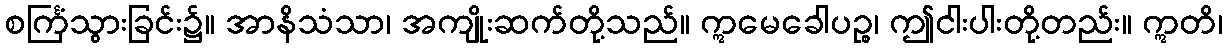
စင်္ကြံသွားခြင်း၌။ အာနိသံသာ၊ အကျိုးဆက်တို့သည်။ ဣမေခေါပဉ္စ၊ ဤငါးပါးတို့တည်း။ ဣတိ၊